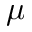
\mu